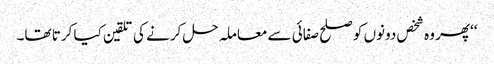
‘‘پھر وہ شخص دونوں کو صلح صفائی سے معاملہ حل کرنے کی تلقین کیا کرتا تھا۔